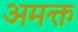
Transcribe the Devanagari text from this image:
अमक्त